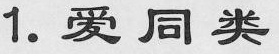
1.爱同类